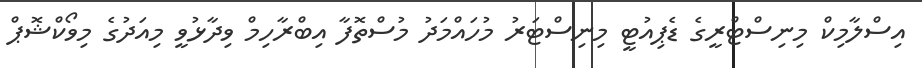
އިސްލާމިކް މިނިސްޓްރީގެ ޑެޕިއުޓީ މިނިސްޓަރު މުހައްމަދު މުސްތޮފާ އިބްރާހިމް ވިދާޅުވީ މިއަދުގެ މިވޯކްޝޮޕް